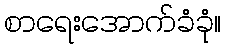
စာရေးအောက်ခံခုံ။